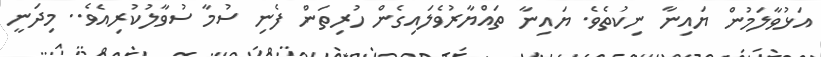
އަޅުވާލަމުން ޔައިނާ ނިކުތެވެ. ޔައިނާ ތައްޔާރުވެލައިގެން ހުރިތަން ފެނި ސުމާ ސުވާލުކުރިއެވެ.. މިދަނީ